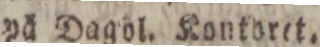
på Dagol. Kontoret.